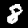
Digit: 8